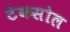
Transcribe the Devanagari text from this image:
टेकसोल